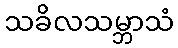
သခိလသမ္ဘာသံ